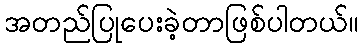
အတည်ပြုပေးခဲ့တာဖြစ်ပါတယ်။